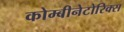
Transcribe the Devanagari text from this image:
कोम्बीनेटोरिक्स